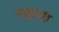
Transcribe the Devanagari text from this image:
रक्कमा